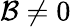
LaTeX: \mathcal{B}\neq 0